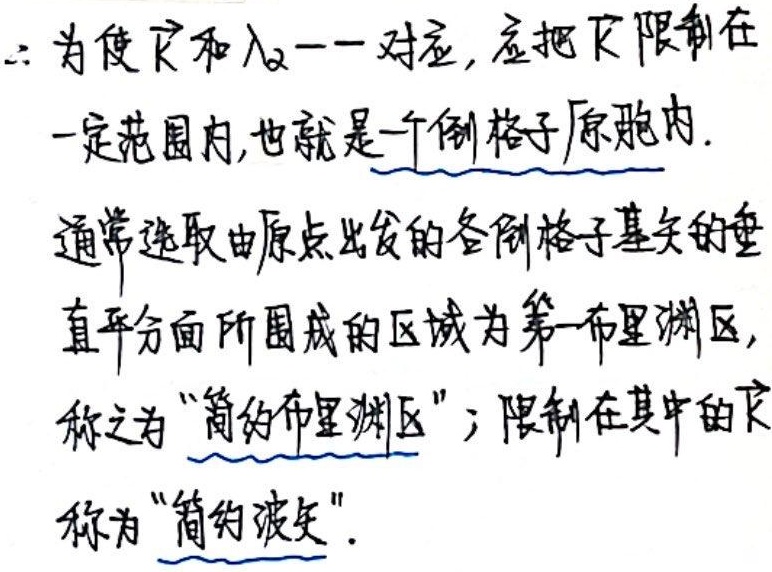
\(\therefore\) 为使\(\vec{k}\)和\(\lambda_{\alpha}\)一一对应，应把\(\vec{k}\)限制在一定范围内，也就是一个倒格子原胞内。通常选取由原点出发的各倒格子基矢的垂直平分面所围成的区域为第一布里渊区，称之为 “简约布里渊区”；限制在其中的\(\vec{k}\)称为 “简约波矢”。